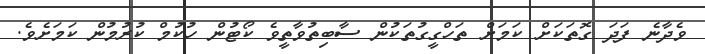
ވެދާނެ ފަދަ ގޮތަކަށް ކަމަށް ތަހްގީގުތަކުން ސާބިތުވާތީވެ ކޯޓުން ހުކުމް ކުރުމުން ކަމަށެވެ.